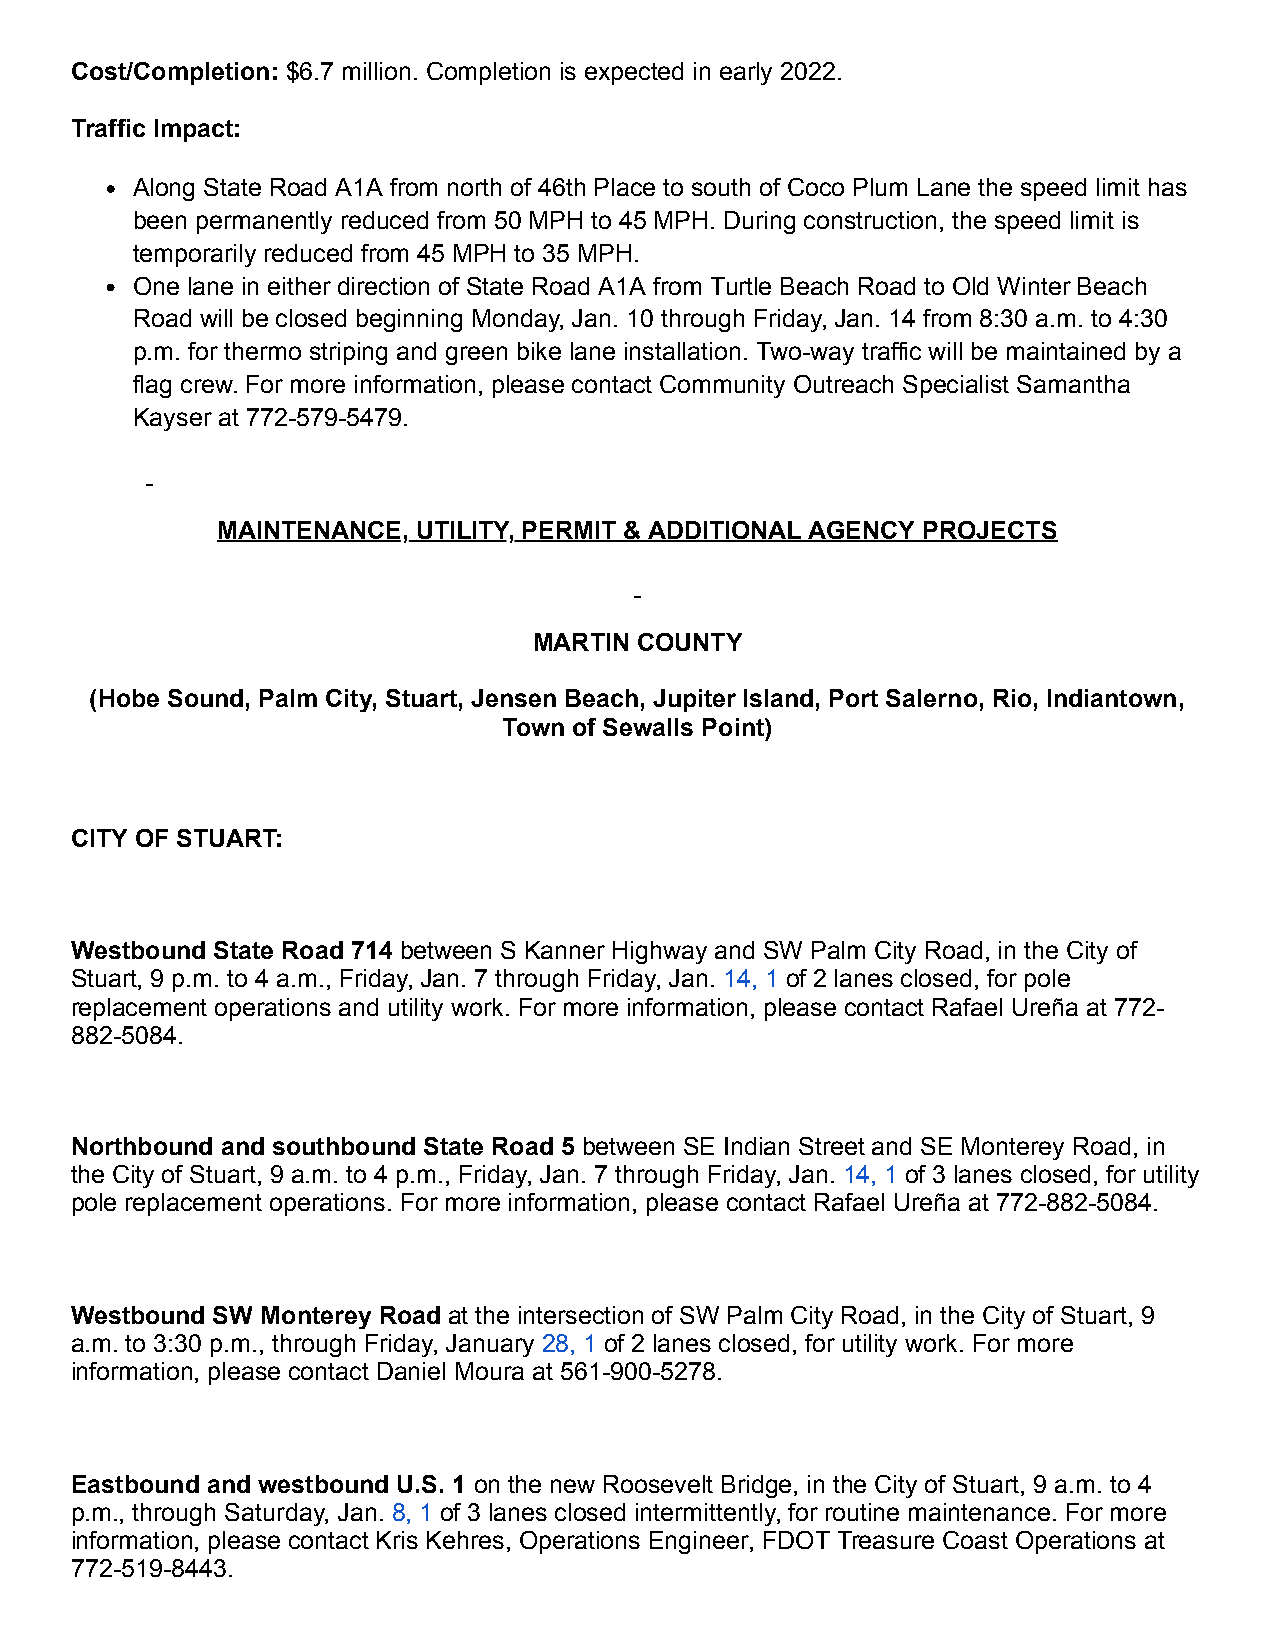
Cost/Completion: $6.7 million. Completion is expected in early 2022.
 Traffic Impact:
 Along State Road A1A from north of 46th Place to south of Coco Plum Lane the speed limit has
 been permanently reduced from 50 MPH to 45 MPH. During construction, the speed limit is
 temporarily reduced from 45 MPH to 35 MPH.
 One lane in either direction of State Road A1A from Turtle Beach Road to Old Winter Beach
 Road will be closed beginning Monday, Jan. 10 through Friday, Jan. 14 from 8:30 a.m. to 4:30
 p.m. for thermo striping and green bike lane installation. Two-way traffic will be maintained by a
 flag crew. For more information, please contact Community Outreach Specialist Samantha
 Kayser at 772-579-5479.
 MAINTENANCE,  UTILITY, PERMIT & ADDITIONAL AGENCY PROJECTS
 MARTIN COUNTY
 (Hobe Sound, Palm City, Stuart, Jensen Beach, Jupiter Island, Port Salerno, Rio, Indiantown,
 Town of Sewalls Point)
 CITY OF STUART:
 Westbound State Road 714 between S Kanner Highway and SW Palm City Road, in the City of
 Stuart, 9 p.m. to 4 a.m., Friday, Jan. 7 through Friday, Jan. 14, 1 of 2 lanes closed, for pole
 replacement operations and utility work. For more information, please contact Rafael Ureña at 772-
 882-5084.
 Northbound and southbound State Road 5 between SE Indian Street and SE Monterey Road, in
 the City of Stuart, 9 a.m. to 4 p.m., Friday, Jan. 7 through Friday, Jan. 14, 1 of 3 lanes closed, for utility
 pole replacement operations. For more information, please contact Rafael Ureña at 772-882-5084.
 Westbound SW Monterey Road at the intersection of SW Palm City Road, in the City of Stuart, 9
 a.m. to 3:30 p.m., through Friday, January 28, 1 of 2 lanes closed, for utility work. For more
 information, please contact Daniel Moura at 561-900-5278.
 Eastbound and westbound U.S. 1 on the new Roosevelt Bridge, in the City of Stuart, 9 a.m. to 4
 p.m., through Saturday, Jan. 8, 1 of 3 lanes closed intermittently, for routine maintenance. For more
 information, please contact Kris Kehres, Operations Engineer, FDOT Treasure Coast Operations at
 772-519-8443.